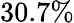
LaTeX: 30.7\%